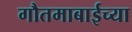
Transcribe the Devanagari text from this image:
गौतमाबाईच्या